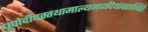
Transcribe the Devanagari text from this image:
धूपोदीपस्तथामाल्यमर्घ्यंदेयंत्वरान्वितैः